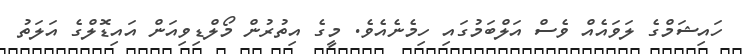
ހައިޝަމްގެ ލަވައެއް ވެސް އަލްބަމުގައި ހިމެނެއެވެ. މީގެ އިތުރުން މޯލްޑިވިއަން އައިޑޮލްގެ އަލަތު